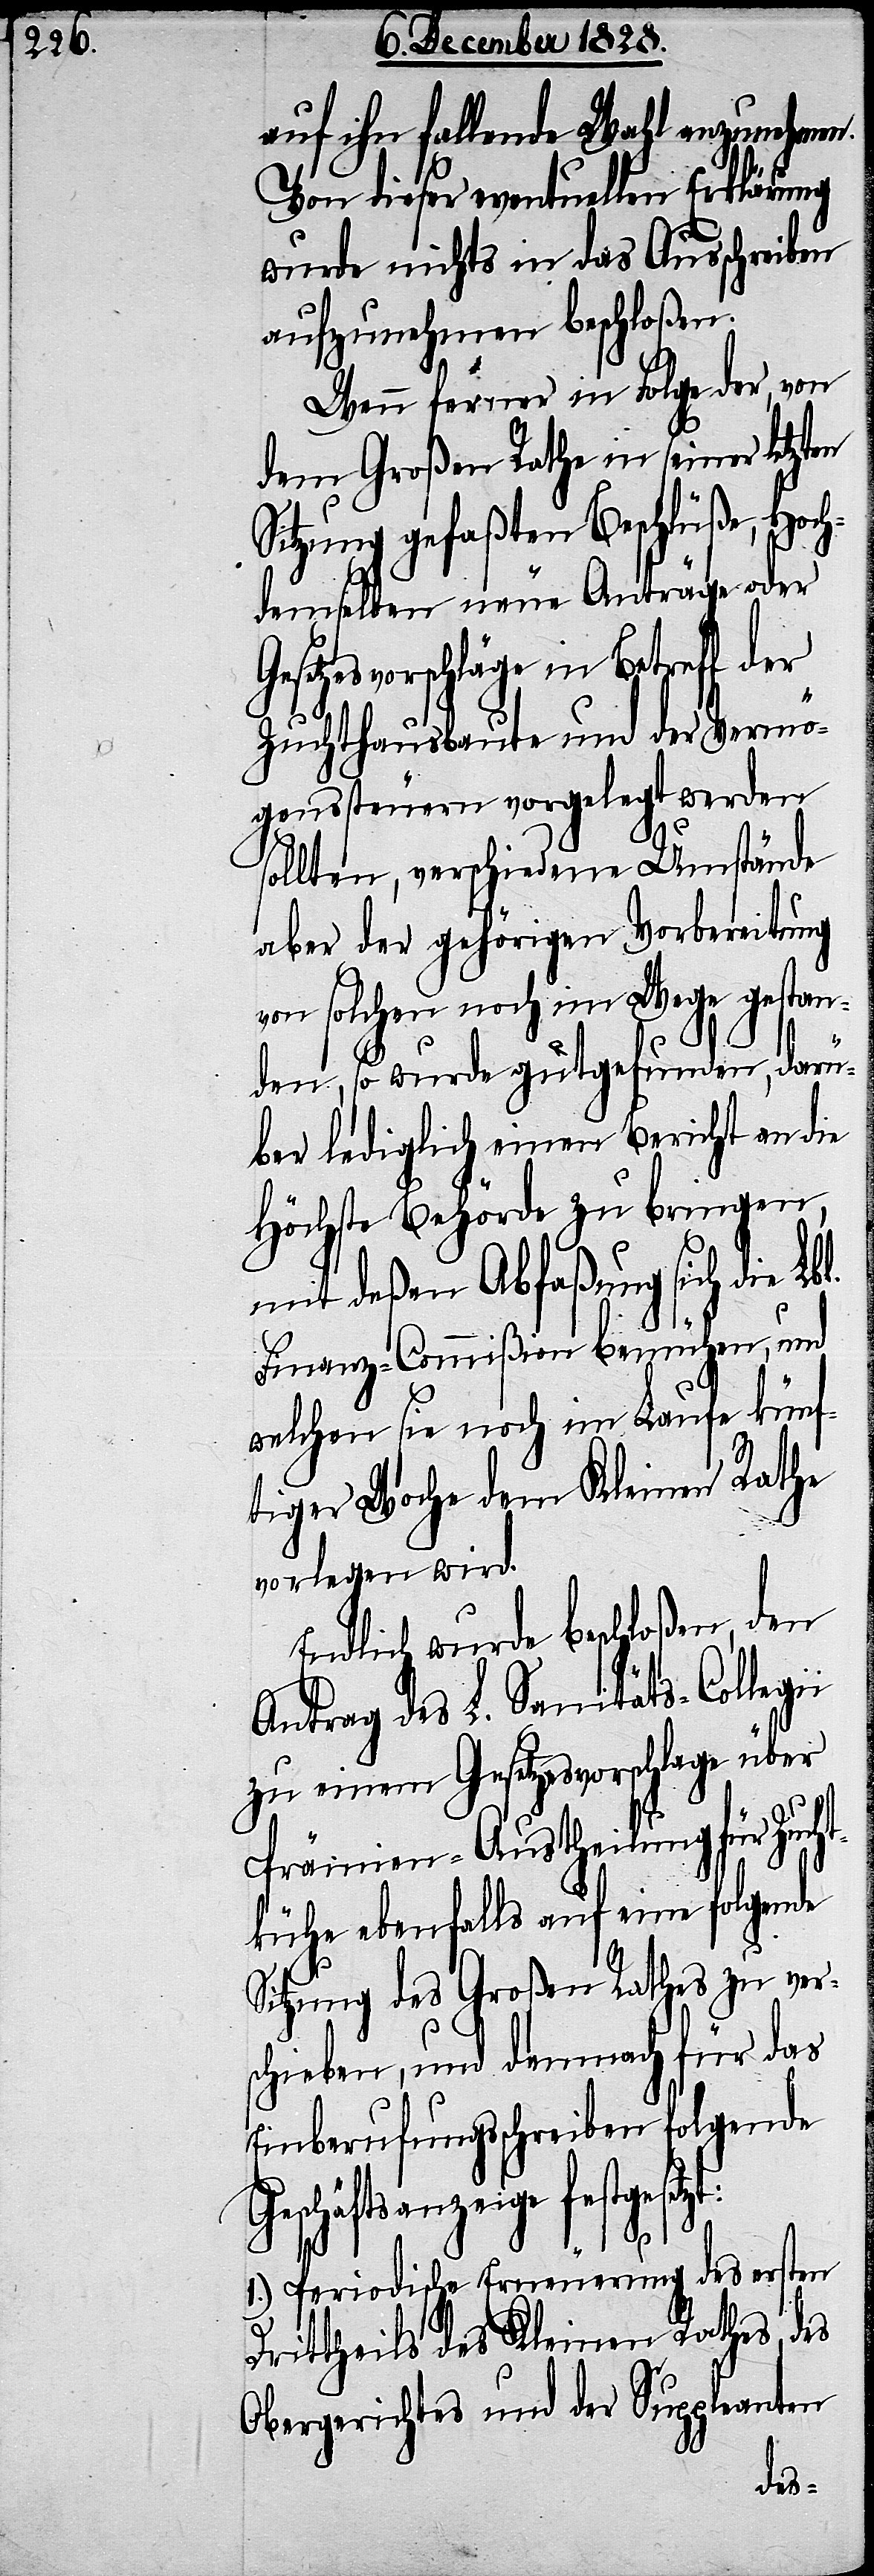
auf ihn fallende Wahl anzunehme¬
Von dieser eventuellen Erklärung
wurde nichts in das Ausschreiben
aufzunehmen beschloßen.
Wenn ferner in Folge der, von
dem Großen Rathe in seiner letzten
Sitzung gefaßten Beschlüße, Hoc¬
hdemselben neue Anträge oder
Gesetzesvorschläge in Betreff der
Zuchthausbaute und der Vermö¬
genssteuern vorgelegt werden
sollten, verschiedene Umstände
aber der gehörigen Vorbereitung
von solchen noch im Wege gestan¬
den, so wurde gutgefunden, dar¬
über lediglich einen Bericht an die
Höchste Behörde zu bringen,
mit deßen Abfaßung sich die L¬
Finanz-Commißion bemühen, und
welchen sie noch im Laufe künf¬
tiger Woche dem Kleinen Rathe
vorlegen wird.
Endlich wurde beschloßen, den
Antrag des L. Sanitäts-Collegi¬
zu einem Gesetzesvorschlage über
Prämien-Austheilung für Zuch¬
tkühe ebenfalls auf eine folgende
Sitzung des Großen Rathes zu ver¬
schieben, und demnach für das
Einberufungsschreiben folgende
Dr¬
Geschäftsanzeige fest¬
1.) Periodische Erneuerung des ersten
itttheils des Kleinen Rathes, des
Obergerichtes und der Suppleanten